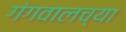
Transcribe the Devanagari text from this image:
गंगवालच्या